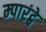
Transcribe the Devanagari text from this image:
म्पारंट्वे